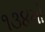
૧૩૪મો